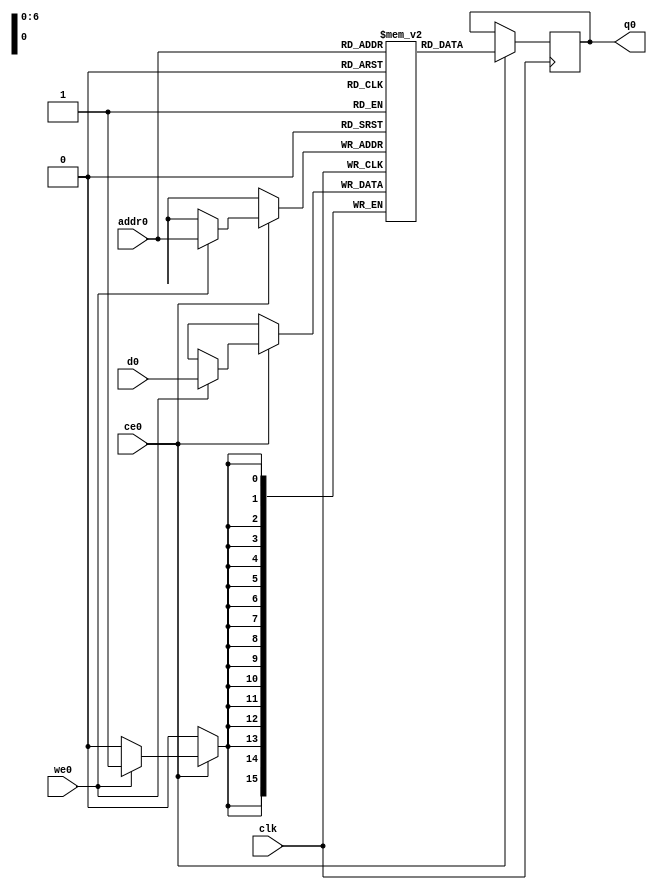
// ==============================================================
// Vivado(TM) HLS - High-Level Synthesis from C, C++ and SystemC v2019.2 (64-bit)
// Copyright 1986-2019 Xilinx, Inc. All Rights Reserved.
// ==============================================================
`timescale 1 ns / 1 ps
module cnnshift_arr_ap_fixed_ap_fixed_16_4_5_3_0_config5_s_tmpinhbi_ram (addr0, ce0, d0, we0, q0,  clk);

parameter DWIDTH = 16;
parameter AWIDTH = 7;
parameter MEM_SIZE = 96;

input[AWIDTH-1:0] addr0;
input ce0;
input[DWIDTH-1:0] d0;
input we0;
output reg[DWIDTH-1:0] q0;
input clk;

(* ram_style = "block" *)reg [DWIDTH-1:0] ram[0:MEM_SIZE-1];




always @(posedge clk)  
begin 
    if (ce0) begin
        if (we0) 
            ram[addr0] <= d0; 
        q0 <= ram[addr0];
    end
end


endmodule

`timescale 1 ns / 1 ps
module cnnshift_arr_ap_fixed_ap_fixed_16_4_5_3_0_config5_s_tmpinhbi(
    reset,
    clk,
    address0,
    ce0,
    we0,
    d0,
    q0);

parameter DataWidth = 32'd16;
parameter AddressRange = 32'd96;
parameter AddressWidth = 32'd7;
input reset;
input clk;
input[AddressWidth - 1:0] address0;
input ce0;
input we0;
input[DataWidth - 1:0] d0;
output[DataWidth - 1:0] q0;



cnnshift_arr_ap_fixed_ap_fixed_16_4_5_3_0_config5_s_tmpinhbi_ram cnnshift_arr_ap_fixed_ap_fixed_16_4_5_3_0_config5_s_tmpinhbi_ram_U(
    .clk( clk ),
    .addr0( address0 ),
    .ce0( ce0 ),
    .we0( we0 ),
    .d0( d0 ),
    .q0( q0 ));

endmodule